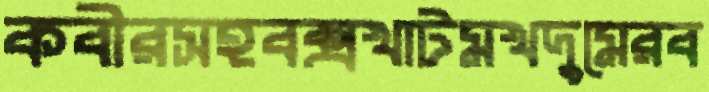
কবীরসহবক্সখাটমখদুমেরব